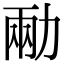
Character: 㔝